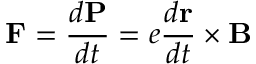
\mathbf { F } = \frac { d \mathbf { P } } { d t } = e \frac { d \mathbf { r } } { d t } \times \mathbf { B }